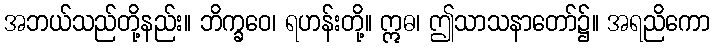
အဘယ်သည်တို့နည်း။ ဘိက္ခဝေ၊ ရဟန်းတို့။ ဣဓ၊ ဤသာသနာတော်၌။ အရညိကော